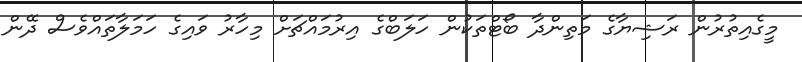
މީގެއިތުރުން ރަޝިޔާގެ މަތިންދާ ބޯޓްތަކުން ހަލަބްގެ އިރުމައްޗަށް މިހާރު ވައިގެ ހަމަލާތައްވެސް ދޭން